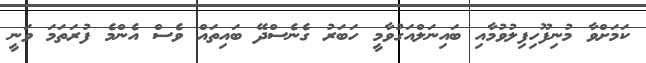
ކަމަށްވާ މުނިފޫހިފިލުވުމާއި ބައިނަލްއަގުވާމީ ހަބަރު ގެނެސްދޭ ބައިތައް ވެސް އެންމެ ފުރަތަމަ ވަނީ